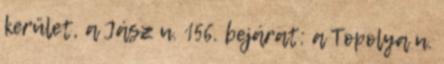
kerület, a Jász u. 156. bejárat: a Topolya u.